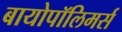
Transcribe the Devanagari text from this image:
बायोपॉलिमर्स